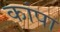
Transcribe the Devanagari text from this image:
कांपा